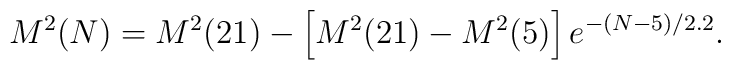
M^2(N)=M^2(21)-\left[M^2(21)-M^2(5)\right]e^{-(N-5)/2.2}.